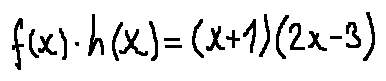
f ( x ) \cdot h ( x ) = ( x + 1 ) ( 2 x - 3 )